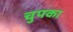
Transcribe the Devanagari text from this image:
चुपका